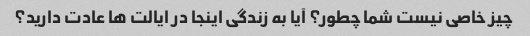
چیز خاصی نیست شما چطور؟ آیا به زندگی اینجا در ایالت ها عادت دارید؟